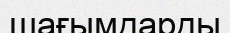
шағымдарды